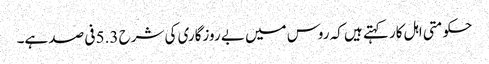
حکومتی اہل کار کہتے ہیں کہ روس میں بے روزگاری کی شرح 5.3 فی صد ہے۔